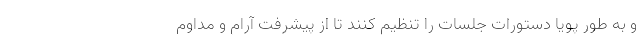
و به طور پویا دستورات جلسات را تنظیم کنند تا از پیشرفت آرام و مداوم